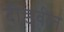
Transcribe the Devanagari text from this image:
दीडवीत